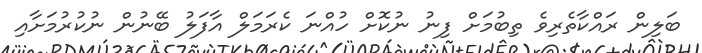
ބަލިން ރައްކާތެރިވެ ތިބުމަށް ފިނު ނުކޮށް ހުއްނަ ކެރަމަލް އާފަލު ބޭނުން ނުކުރުމަށާއި